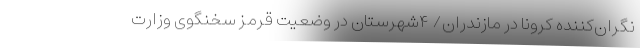
نگران‌کننده کرونا در مازندران/ ۴شهرستان در وضعیت قرمز سخنگوی وزارت